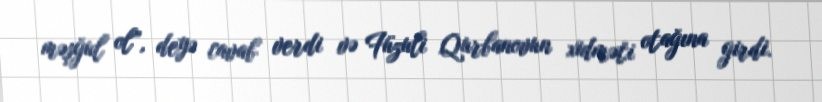
məşğul ol”, deyə cavab verdi və Füzuli Qurbanovun xidməti otağına girdi.